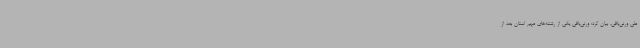
ملی ورنی‌بافی، بیان کرد: ورنی‌بافی یکی از رشته‌های مهم استان بعد از